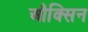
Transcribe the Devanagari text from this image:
औक्सिन